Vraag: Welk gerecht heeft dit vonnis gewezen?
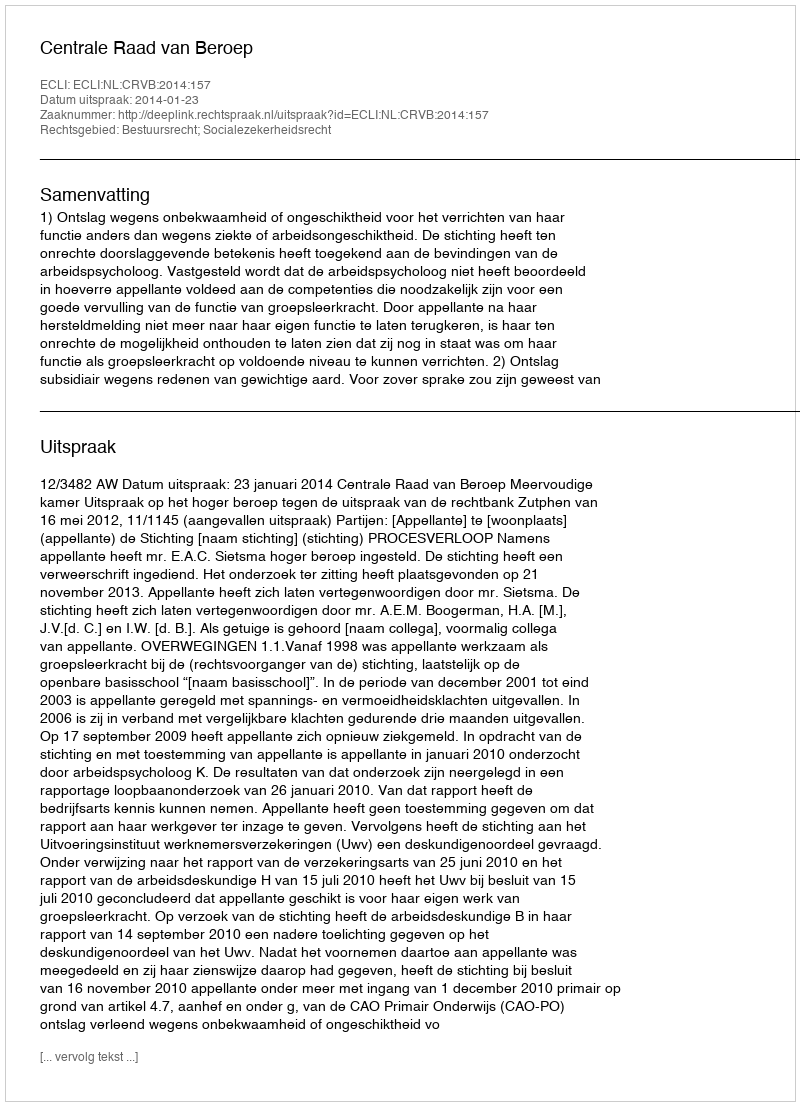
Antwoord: Centrale Raad van Beroep